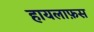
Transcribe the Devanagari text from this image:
हायलाफ़स